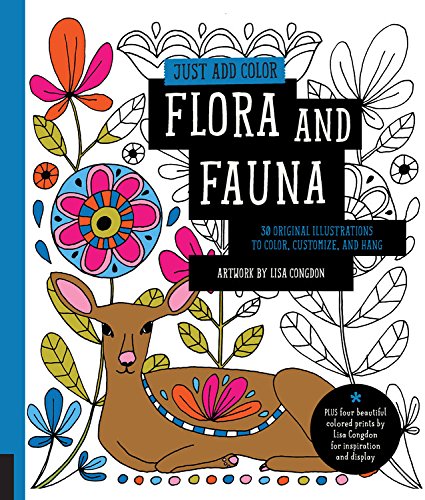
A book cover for Just Add Color: Flora and Fauna; Lisa Congdon; Arts & Photography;